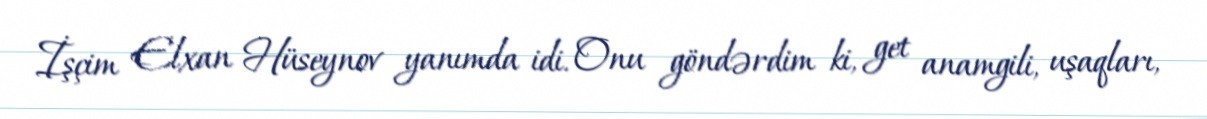
İşçim Elxan Hüseynov yanımda idi. Onu göndərdim ki, get anamgili, uşaqları,